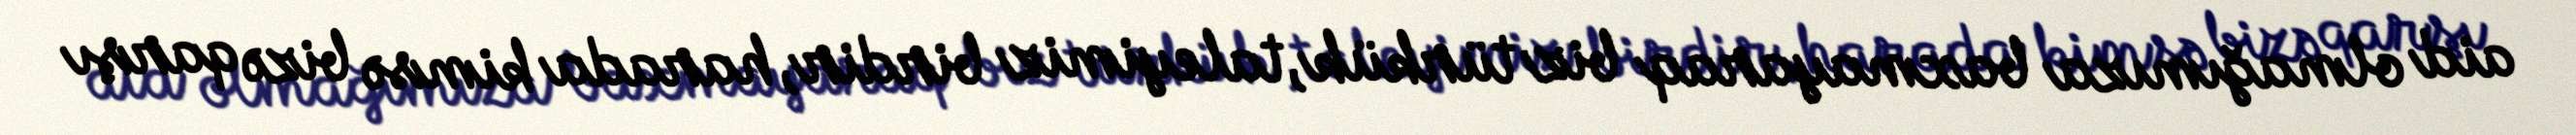
aid olmağımıza baxmayaraq biz türkük, taleyimiz birdir, harada kimsə bizə qarşı